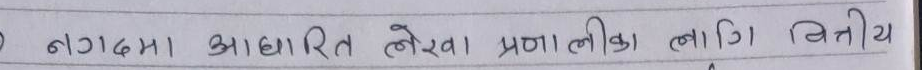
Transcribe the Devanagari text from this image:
नगदमा आधारित लेखा प्रणालीका लागि वित्तिय